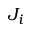
J _ { i }